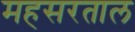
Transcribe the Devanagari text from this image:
महसरताल